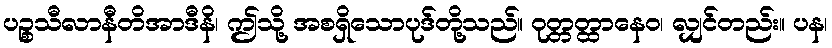
ပဉ္စသီလာနီတိအာဒီနိ၊ ဤသို့ အစရှိသောပုဒ်တို့သည်။ ဝုတ္တတ္ထာနေဝ၊ လျှင်တည်း။ ပန၊